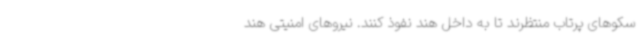
سکوهای پرتاب منتظرند تا به داخل هند نفوذ کنند. نیروهای امنیتی هند